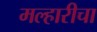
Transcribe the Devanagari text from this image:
मल्हारीचा